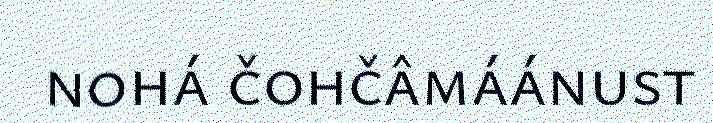
nohá čohčâmáánust